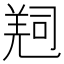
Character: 𠻁